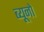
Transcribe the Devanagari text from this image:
ब्यूनो